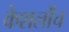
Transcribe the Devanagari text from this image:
केशलोंच